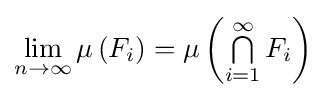
\lim _{n\to \infty }\mu \left(F_{i}\right)=\mu \left(\textstyle \bigcap \limits _{i=1}^{\infty }F_{i}\right)